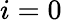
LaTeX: i=0